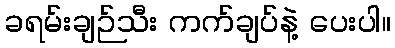
ခရမ်းချဉ်သီး ကက်ချပ်နဲ့ ပေးပါ။